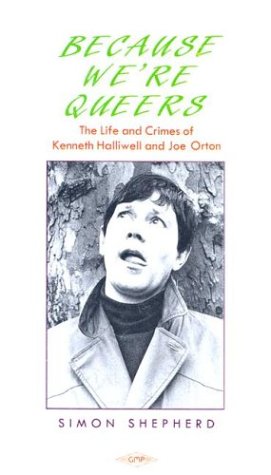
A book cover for Because Were Queers Life and Times of Kenneth Halliwell and Joe Orton; Simon Shepherd; Gay & Lesbian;